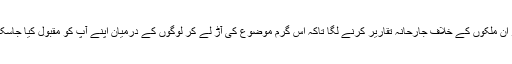
اور ان ملکوں کے خلاف جارحانہ تقاریر کرنے لگا تاکہ اس گرم موضوع کی آڑ لے کر لوگوں کے درمیان اپنے آپ کو مقبول کیا جاسکے۔